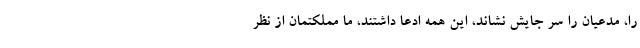
را، مدعیان را سر جایش نشاند، این همه ادعا داشتند، ما مملکتمان از نظر